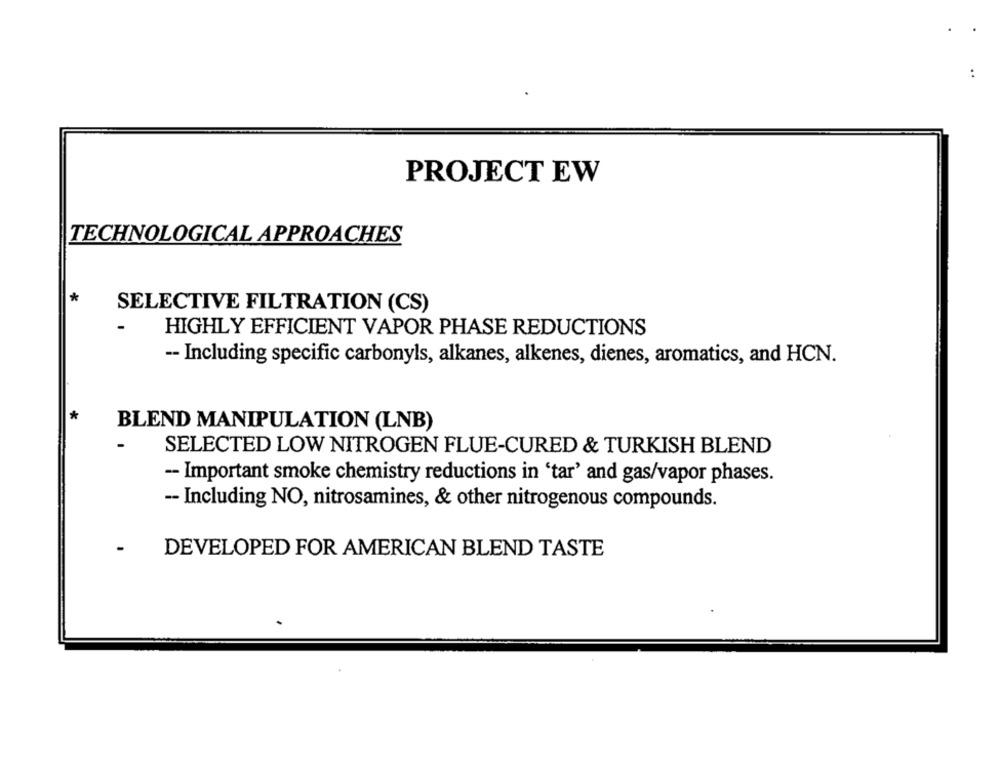
PROJECT EW
TECHNOLOGICAL APPROACHES
SELECTIVE FILTRATION (CS)
HIGHLY EFFICIENT VAPOR PHASE REDUCTIONS
-- Including specific carbonyls, alkanes, alkenes, dienes, aromatics, and HCN.
BLEND MANIPULATION (LNB)
SELECTED LOW NITROGEN FLUE-CURED & TURKISH BLEND
- Important smoke chemistry reductions in 'tar' and gas/vapor phases.
-- Including NO, nitrosamines, & other nitrogenous compounds.
-
DEVELOPED FOR AMERICAN BLEND TASTE